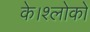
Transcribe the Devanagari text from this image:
के।श्लोकों